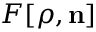
{ \cal F } [ { \boldsymbol \rho } , { \bf n } ]